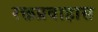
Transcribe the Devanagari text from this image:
रक्तप्रवाहास